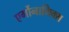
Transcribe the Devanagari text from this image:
एर्गोनामिक्स